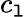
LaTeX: c_{\mathtt{l}}